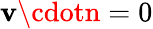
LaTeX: \mathbf{v}\cdotn=0